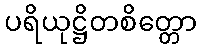
ပရိယုဋ္ဌိတစိတ္တော